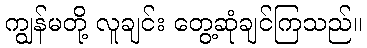
ကျွန်မတို့ လူချင်း တွေ့ဆုံချင်ကြသည်။